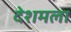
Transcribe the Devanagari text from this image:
देशमला